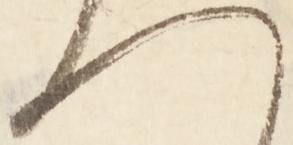
へ